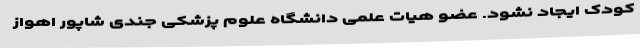
کودک ایجاد نشود. عضو هیات علمی دانشگاه علوم پزشکی جندی شاپور اهواز